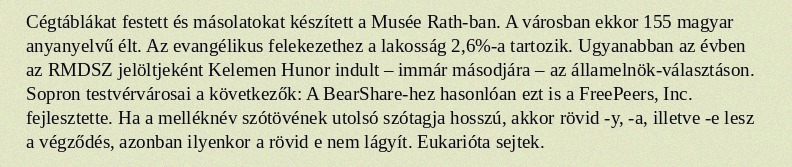
Cégtáblákat festett és másolatokat készített a Musée Rath-ban. A városban ekkor 155 magyar anyanyelvű élt. Az evangélikus felekezethez a lakosság 2,6%-a tartozik. Ugyanabban az évben az RMDSZ jelöltjeként Kelemen Hunor indult – immár másodjára – az államelnök-választáson. Sopron testvérvárosai a következők: A BearShare-hez hasonlóan ezt is a FreePeers, Inc. fejlesztette. Ha a melléknév szótövének utolsó szótagja hosszú, akkor rövid -y, -a, illetve -e lesz a végződés, azonban ilyenkor a rövid e nem lágyít. Eukarióta sejtek.